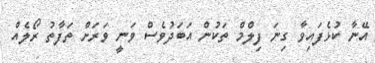
އޭނާ ކުޅެފައިވާ ގިނަ ފިލްމް ތަކުން އަބަދުވެސް ވަނީ ވަރަށް ތަފާތު ރޯލެއް